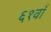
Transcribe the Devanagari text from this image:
६१वाँ